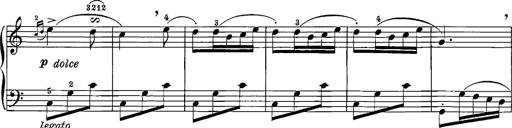
Title: 12 Sonatinas
Composer: Ignaz Pleyel